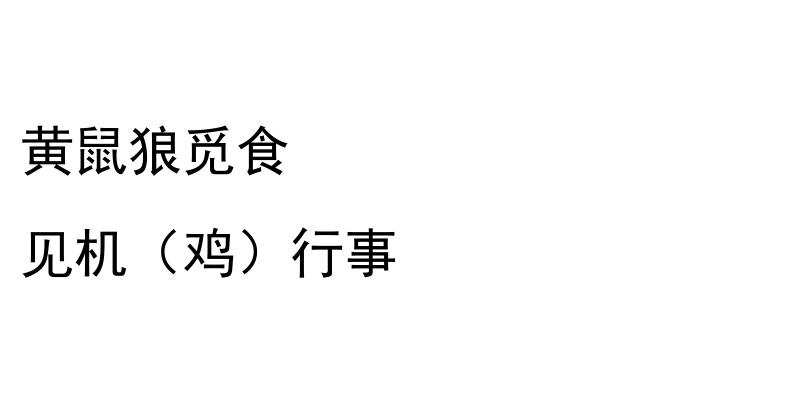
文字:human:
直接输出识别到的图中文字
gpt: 黄鼠狼觅食 见机（鸡）行事